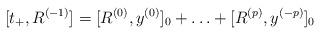
LaTeX: \begin{align*}[t_+,R^{(-1)}]=[R^{(0)},y^{(0)}]_0+ \ldots +[R^{(p)},y^{(-p)}]_0\end{align*}